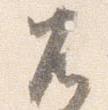
兀